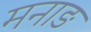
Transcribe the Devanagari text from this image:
मनाङ